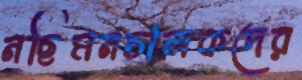
নছিমনচালকদের